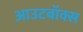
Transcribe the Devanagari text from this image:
आउटबॉक्स